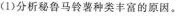
(1)分析秘鲁马铃薯种类丰富的原因。